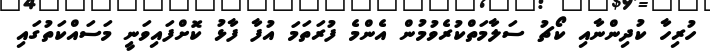
ހުރިހާ ކުދިންނާއި ކޯޗު ސަލާމަތްކުރެވުމުން އެންމެ ފުރަތަމަ އުފާ ފާޅު ކޮށްފައިވަނީ މަސައްކަތުގައި